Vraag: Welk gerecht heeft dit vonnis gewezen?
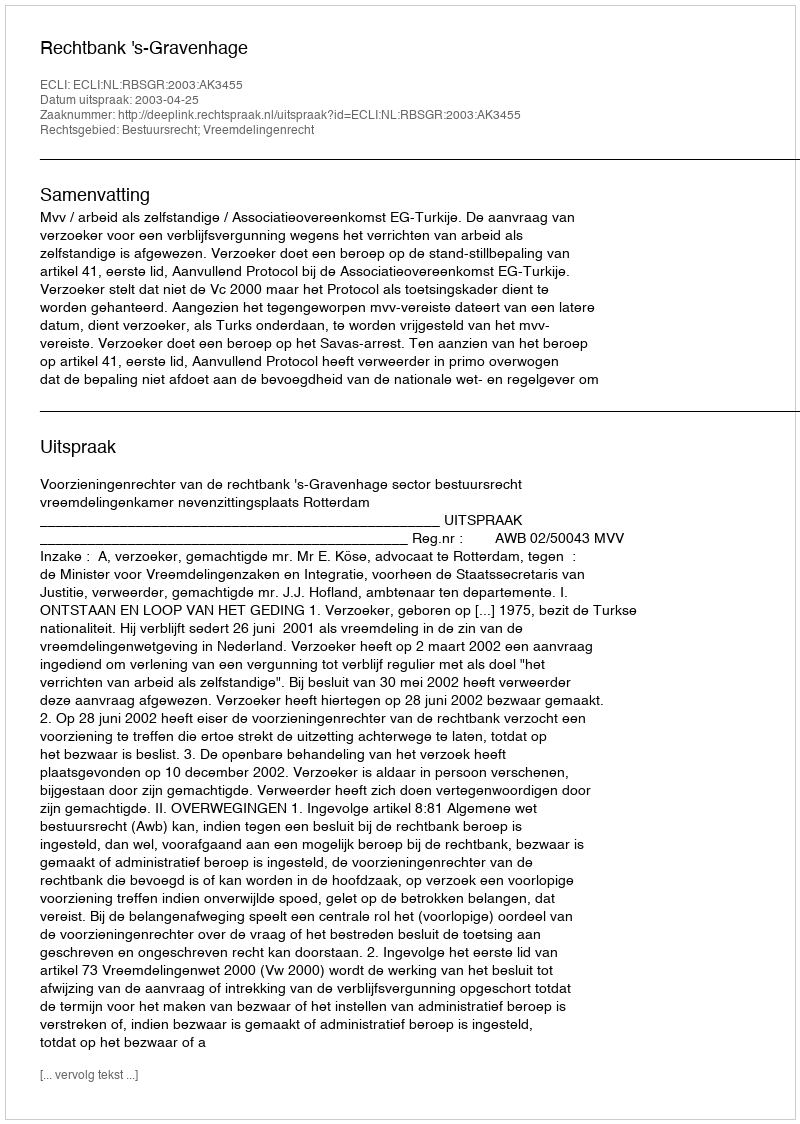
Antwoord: Rechtbank 's-Gravenhage